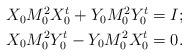
LaTeX: \begin{align*} \begin{aligned}X_0 M_0^2 X_0^t + Y_0 M_0^2 Y_0^t &= I; \\X_0 M_0^2 Y_0^t - Y_0 M_0^2 X_0^t &= 0.\end{aligned}\end{align*}